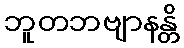
ဘူတဘဗျာနန္တိ